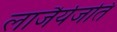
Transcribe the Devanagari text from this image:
लाजैर्यजति